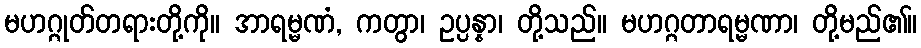
မဟဂ္ဂုတ်တရားတို့ကို။ အာရမ္မဏံ, ကတွာ၊ ဥပ္ပန္နာ၊ တို့သည်။ မဟဂ္ဂတာရမ္မဏာ၊ တို့မည်၏။